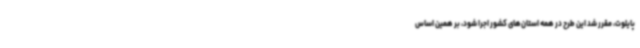
پایلوت، مقرر شد این طرح در همه استان‌های کشور اجرا شود، بر همین اساس